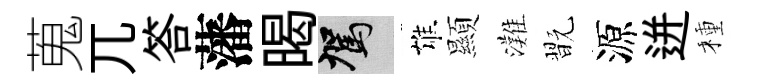
蒐兀答藩暍駕雄顯灘翫源迸種